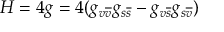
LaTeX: H = 4 g = 4 ( g _ { v \overline { { { v } } } } g _ { s \overline { { { s } } } } - g _ { v \overline { { { s } } } } g _ { s \overline { { { v } } } } )